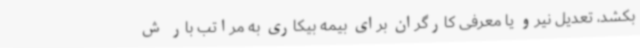
بکشد، تعدیل نیرو یا معرفی کارگران برای بیمه بیکاری به مراتب بار ش